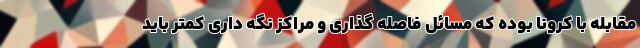
مقابله با کرونا بوده که مسائل فاصله گذاری و مراکز نگه داری کمتر باید